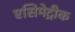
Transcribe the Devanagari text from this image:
एसिमेट्रीक